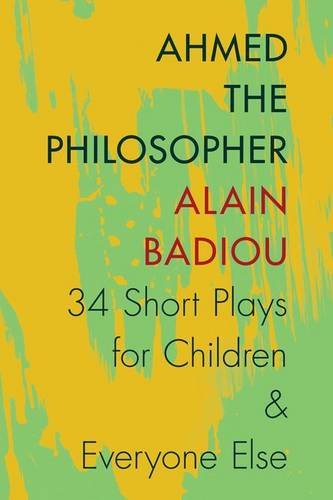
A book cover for Ahmed the Philosopher: Thirty-Four Short Plays for Children and Everyone Else; Alain Badiou; Literature & Fiction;